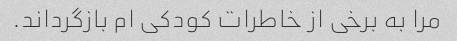
مرا به برخی از خاطرات کودکی ام بازگرداند.